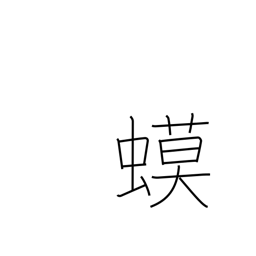
Meaning: toad